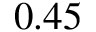
0 . 4 5